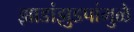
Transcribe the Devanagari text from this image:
झाडांझुडपांमुळे